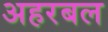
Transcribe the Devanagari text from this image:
अहरबल